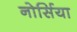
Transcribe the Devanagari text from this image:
नोर्सिया